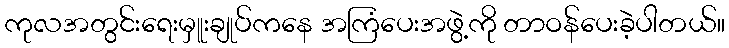
ကုလအတွင်းရေးမှူးချုပ်ကနေ အကြံပေးအဖွဲ့ကို တာဝန်ပေးခဲ့ပါတယ်။